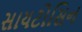
સાયટોસિન